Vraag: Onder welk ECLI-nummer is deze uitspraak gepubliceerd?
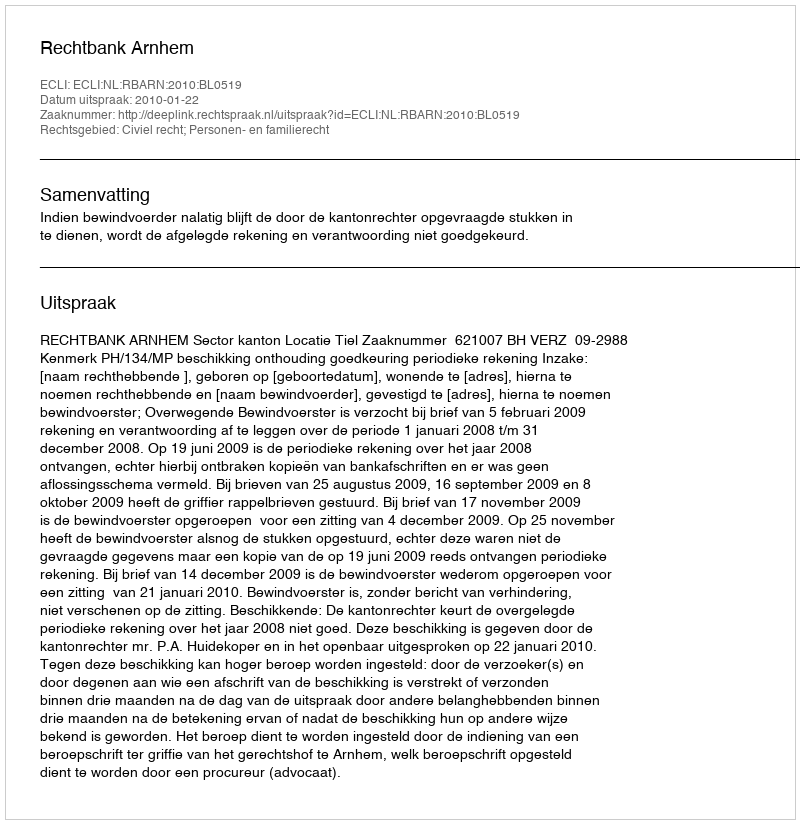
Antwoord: ECLI:NL:RBARN:2010:BL0519